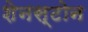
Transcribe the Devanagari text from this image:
शेनस्टोन